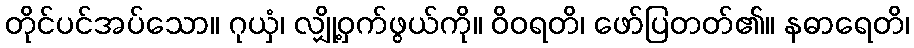
တိုင်ပင်အပ်သော။ ဂုယှံ၊ လျှို့ဝှက်ဖွယ်ကို။ ဝိဝရတိ၊ ဖော်ပြတတ်၏။ နဓာရေတိ၊